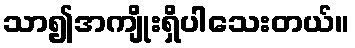
သာ၍အကျိုးရှိပါသေးတယ်။